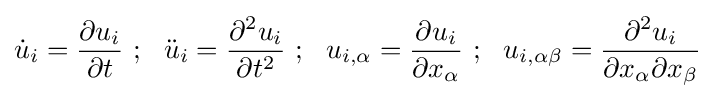
{\dot {u}}_{i}={\frac {\partial u_{i}}{\partial t}}~;~~{\ddot {u}}_{i}={\frac {\partial ^{2}u_{i}}{\partial t^{2}}}~;~~u_{i,\alpha }={\frac {\partial u_{i}}{\partial x_{\alpha }}}~;~~u_{i,\alpha \beta }={\frac {\partial ^{2}u_{i}}{\partial x_{\alpha }\partial x_{\beta }}}